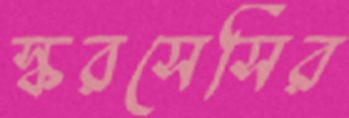
স্করসেসির